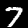
Label: 7